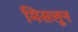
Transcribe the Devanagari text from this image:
मिसलून